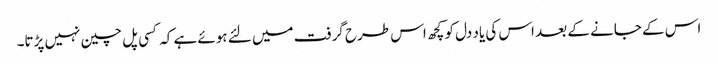
اس کے جانے کے بعد اس کی یاد دل کو کچھ اس طرح گرفت میں لئے ہوئے ہے کہ کسی پل چین نہیں پڑتا۔